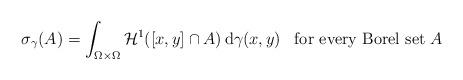
LaTeX: \begin{align*}\sigma_\gamma(A)=\int_{\Omega \times \Omega} \mathcal H^1([x,y]\cap A)\,\mathrm{d}\gamma(x,y)\;\;\;\mbox{for every Borel set}\;A\end{align*}